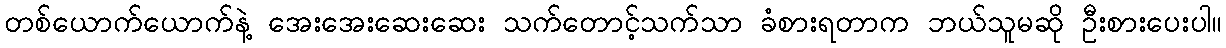
တစ်ယောက်ယောက်နဲ့ အေးအေးဆေးဆေး သက်တောင့်သက်သာ ခံစားရတာက ဘယ်သူမဆို ဦးစားပေးပါ။